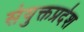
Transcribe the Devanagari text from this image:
संयुक्तप्रदेश